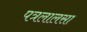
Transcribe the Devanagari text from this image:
पत्रलालसा